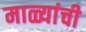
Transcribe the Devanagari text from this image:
माळ्यांची